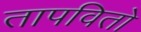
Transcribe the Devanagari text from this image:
तापवितो